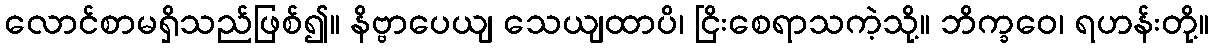
လောင်စာမရှိသည်ဖြစ်၍။ နိဗ္ဗာပေယျ သေယျထာပိ၊ ငြိးစေရာသကဲ့သို့။ ဘိက္ခဝေ၊ ရဟန်းတို့။